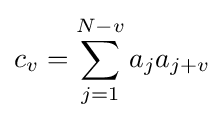
c_{v}=\sum _{j=1}^{N-v}a_{j}a_{j+v}